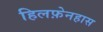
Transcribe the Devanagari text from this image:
हिलफ़ेनहास